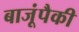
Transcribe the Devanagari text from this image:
बाजूंपैकी